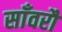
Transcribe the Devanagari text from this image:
साँवरौ